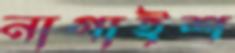
নাগাইশ